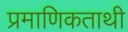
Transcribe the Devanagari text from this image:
प्रमाणिकताथी